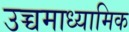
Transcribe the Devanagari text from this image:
उच्चमाध्यामिक